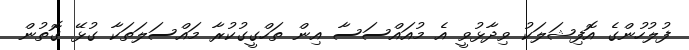
ފުލުހުންގެ އޮފިޝަލަކު ވިދާޅުވީ އެ މުއައްސަސާ އިން ތަހްގީގުކުރާ މައްސަލަތަކާ ގުޅޭ ގޮތުން